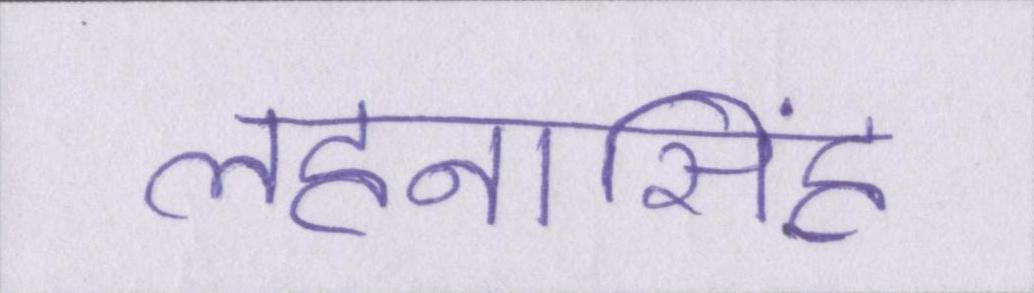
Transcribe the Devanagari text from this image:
लहनासिंह